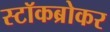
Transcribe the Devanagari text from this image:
स्टॉकब्रोकर